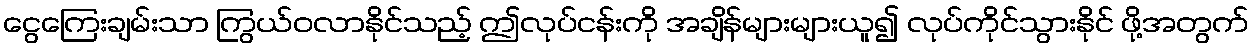
ငွေကြေးချမ်းသာ ကြွယ်ဝလာနိုင်သည့် ဤလုပ်ငန်းကို အချိန်များများယူ၍ လုပ်ကိုင်သွားနိုင် ဖို့အတွက်